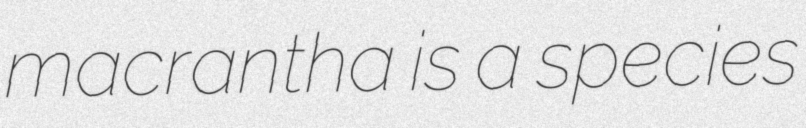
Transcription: macrantha is a species